Report of the Indian Hemp Drugs Commission, 1894-1895 - Volume III
Year: 1894
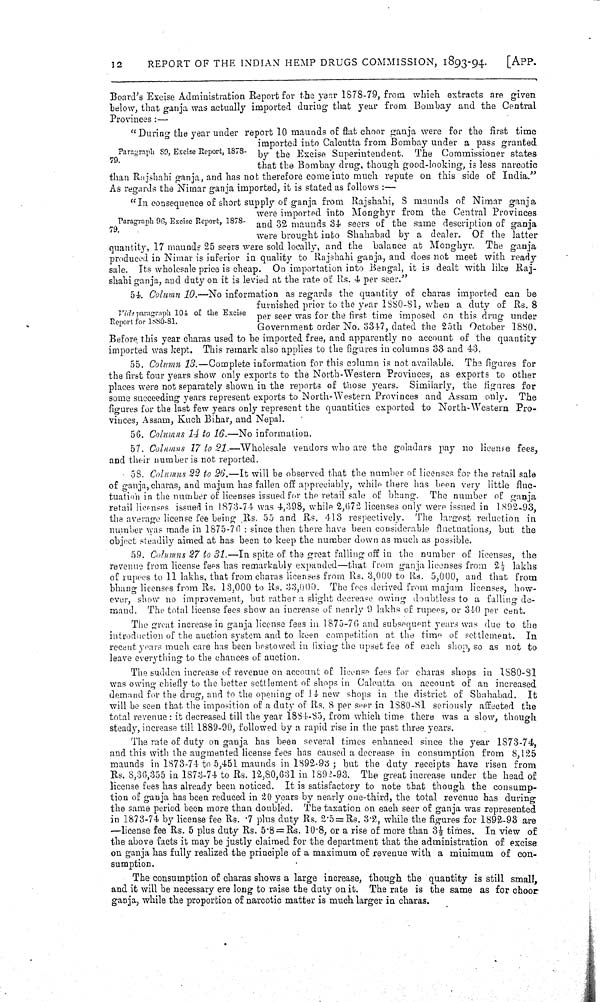
12
REPORT OF THE INDIAN HEMP DRUGS COMMISSION, 1893-94.
[APP.
Paragraph 80, Excise Report, 1878-
79.
Paragraph 96, Excise Report, 1878-
79.
Board's Excise Administration Report for the year 1878-79, from which extracts are given
below, that ganja was actually imported during that year from Bombay and the Central
Provinces:—
"During the year under report 10 maunds of flat choor ganja were for the first time
imported into Calcutta from Bombay under a pass granted
by the Excise Superintendent. The Commissioner states
that the Bombay drug, though good-looking, is less narcotic
than Rajshahi ganja, and has not therefore come into much repute on this side of India."
As regards the Nimar ganja imported, it is stated as follows:—
"In consequence of short supply of ganja from Rajshahi, 8 maunds of Nimar ganja
were imported into Monghyr from the Central Provinces
and 32 maunds 34 seers of the same description of ganja
were brought into Shahabad by a dealer. Of the latter
quantity, 17 maunds 25 seers were sold locally, and the balance at Monghyr. The ganja
produced in Nimar is inferior in quality to Rajshahi ganja, and does not meet with ready
sale. Its wholesale price is cheap. On importation into Bengal, it is dealt with like Raj-
shahi ganja, and duty on it is levied at the rate of Rs. 4 per seer."
Vide paragraph 101 of the Excise
Report for 1880-81.
54 Column 10.—No information as regards the quantity of charas imported can be
furnished prior to the year 1880-81, when a duty of Rs. 8
per seer was for the first time imposed on this drug under
Government order No. 3347, dated the 25th October 1880.
Before this year charas used to be imported free, and apparently no account of the quantity
imported was kept. This remark also applies to the figures in columns 33 and 43.
55. Column 13.—Complete information for this column is not available. The figures for
the first four years show only exports to the North-Western Provinces, as exports to other
places were not separately shown in the reports of those years. Similarly, the figures for
some succeeding years represent exports to North-Western Provinces and Assam only. The
figures for the last few years only represent the quantities exported to North-Western Pro-
vinces, Assam, Kuch Bihar, and Nepal.
56. Columns 14 to 16.—No information.
57. Columns 17 to 21.—Wholesale vendors who are the goladars pay no license fees,
and their number is not reported.
58. Columns 22 to 26.—It will be observed that the number of licenses for the retail sale
of ganja, charas, and majum has fallen off appreciably, while there has been very little fluc-
tuation in the number of licenses issued for the retail sale of bhang. The number of ganja
retail licenses issued in 1873-74 was 4,398, while 2,672 licenses only were issued in 1892-93,
the average license fee being Rs. 55 and Rs. 413 respectively. The largest reduction in
number was made in 1875-76: since then there have been considerable fluctuations, but the
object steadily aimed at has been to keep the number down as much as possible.
59. Columns 27 to 31.—In spite of the great falling off in the number of licenses, the
revenue from license fees has remarkably expanded—that from ganja licenses from 2½ lakhs
of rupees to 11 lakhs, that from charas licenses from Rs. 3,000 to Rs. 5,000, and that from
bhang licenses from Rs. 13,000 to Rs. 33,000. The fees derived from majum licenses, how-
ever, show no improvement, but rather a slight decrease owing doubtless to a falling de-
mand. The total license fees show an increase of nearly 9 lakhs of rupees, or 340 per cent.
The great increase in ganja license fees in 1875-76 and subsequent years was due to the
introduction of the auction system and to keen competition at the time of settlement. In
recent years much care has been bestowed in fixing the upset fee of each shop, so as not to
leave everything to the chances of auction.
The sudden increase of revenue on account of license fees for charas shops in 1880-81
was owing chiefly to the better settlement of shops in Calcutta on account of an increased
demand for the drug, and to the opening of 14 new shops in the district of Shahabad. It
will be seen that the imposition of a duty of Rs. 8 per seer in 1880-81 seriously affected the
total revenue: it decreased till the year 1884-85, from which time there was a slow, though
steady, increase till 1889-90, followed by a rapid rise in the past three years.
The rate of duty on ganja has been several times enhanced since the year 1873-74,
and this with the augmented license fees has caused a decrease in consumption from 8,125
maunds in 1873-74 to 5,451 maunds in 1892-93; but the duty receipts have risen from
Rs. 8,36,355 in 1873-74 to Rs. 12,80,631 in 1892-93. The great increase under the head of
license fees has already been noticed. It is satisfactory to note that though the consump-
tion of ganja has been reduced in 20 years by nearly one-third, the total revenue has during
the same period been more than doubled. The taxation on each seer of ganja was represented
in 1873-74 by license fee Rs. .7 plus duty Rs. 2.5 = Rs. 3.2, while the figures for 1892-93 are
—license fee Rs. 5 plus duty Rs. 5.8 = Rs. 10.8, or a rise of more than 3½ times. In view of
the above facts it may be justly claimed for the department that the administration of excise
on ganja has fully realized the principle of a maximum of revenue with a minimum of con-
sumption.
The consumption of charas shows a large increase, though the quantity is still small,
and it will be necessary ere long to raise the duty on it. The rate is the same as for choor
ganja, while the proportion of narcotic matter is much larger in charas.